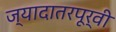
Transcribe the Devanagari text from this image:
ज्यादातरपूर्वी